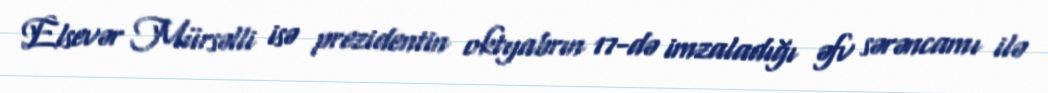
Elsevər Mürsəlli isə prezidentin oktyabrın 17-də imzaladığı əfv sərəncamı ilə